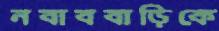
নবাববাড়িকে